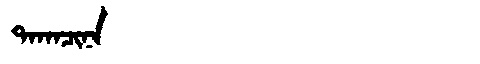
Manchu: ᡨᠠᡴᠠᠴᡳᠨᠠ
Romanization: TAKACINA